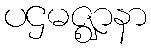
ပဌမဇ္ဈာနာ